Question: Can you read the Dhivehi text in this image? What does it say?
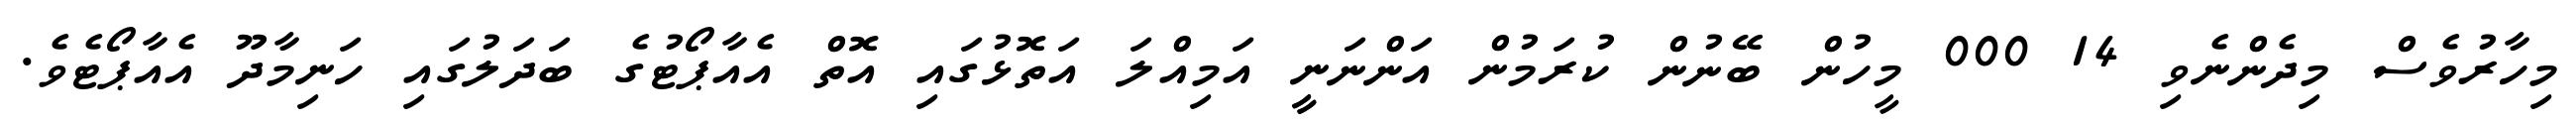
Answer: މިހާރުވެސް މިދެންނެވި 14 000 މީހުން ބޭނުން ކުރަމުން އަންނަނީީ އަމިއްލަ އަތޮޅުގައި އޮތް އެއާޕޯޓުގެ ބަދަލުގައި ހަނިމާދޫ އެއާޕޯޓެވެ.